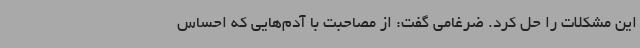
این مشکلات را حل کرد. ضرغامی گفت: از مصاحبت با آدم‌هایی که احساس